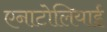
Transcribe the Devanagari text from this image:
एनाटोलियाई